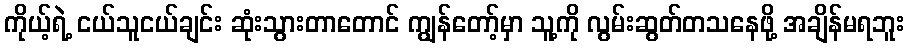
ကိုယ့်ရဲ့ ငယ်သူငယ်ချင်း ဆုံးသွားတာတောင် ကျွန်တော့်မှာ သူ့ကို လွမ်းဆွတ်တသနေဖို့ အချိန်မရဘူး